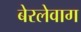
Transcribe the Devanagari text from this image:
बेरलेवाग